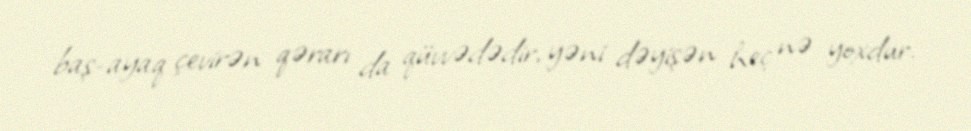
baş-ayaq çevirən qərarı da qüvvədədir, yəni dəyişən heç nə yoxdur.